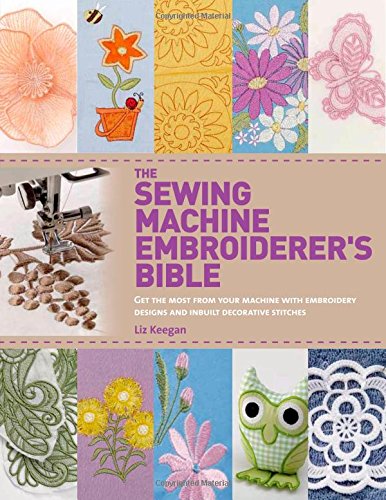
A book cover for The Sewing Machine Embroiderer's Bible: Get the Most from Your Machine with Embroidery Designs and Inbuilt Decorative Stitches; Liz Keegan; Crafts, Hobbies & Home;